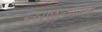
કબજીયાતનો